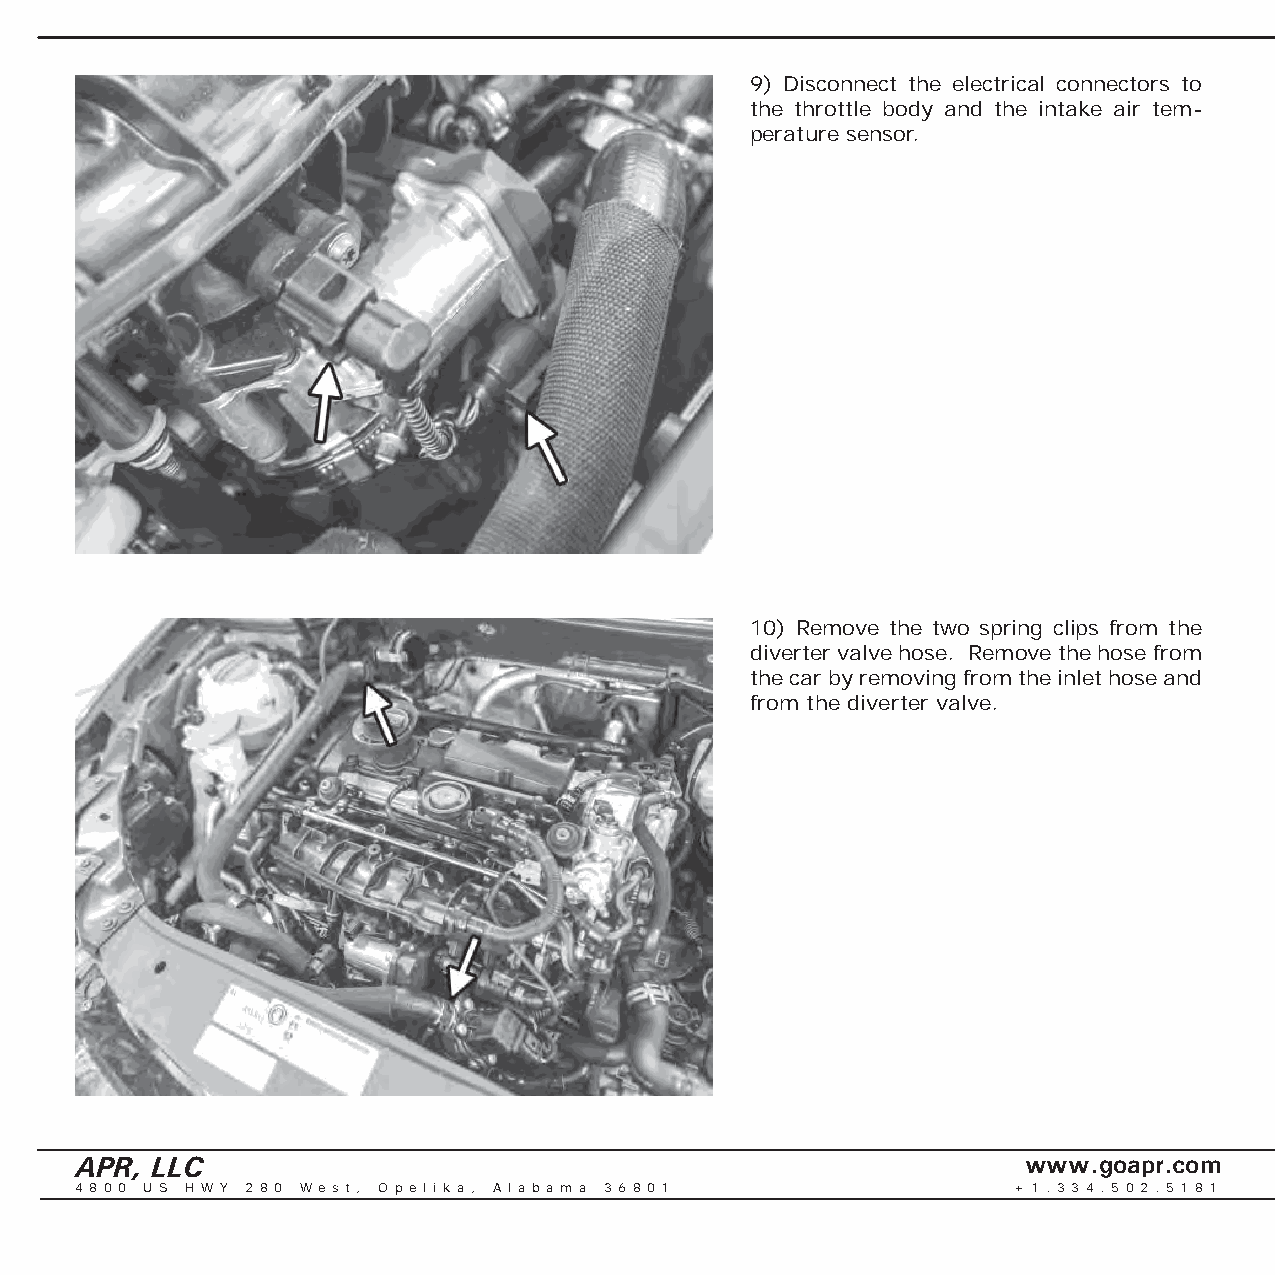
9) Disconnect the electrical connectors to
 the throttle body and the intake air tem-
 perature sensor.
 10) Remove the two spring clips from the
 diverter valve hose. Remove the hose from
 the car by removing from the inlet hose and
 from the diverter valve.
 APR, LLC                                                       www.goapr.com
 4 8 0 0 U S H W Y 2 8 0 We s t , O p e l i k a , A l a b a m a 3 6 8 0 1 + 1 . 3 3 4 . 5 0 2 . 5 1 8 1